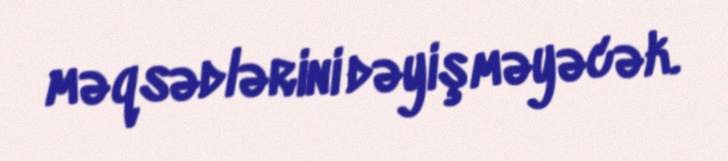
məqsədlərini dəyişməyəcək.